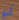
لو